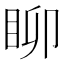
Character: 𥄸